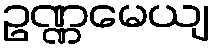
ဥဏ္ဏမေယျ